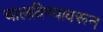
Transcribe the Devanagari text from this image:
चालविण्यावरून